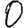
Digit: 0